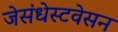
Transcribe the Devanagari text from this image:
जेसंधेस्टवेसन